Annual report of the Punjab Veterinary College and of the Civil Veterinary Department, Punjab - 1909-1919
Year: 1909
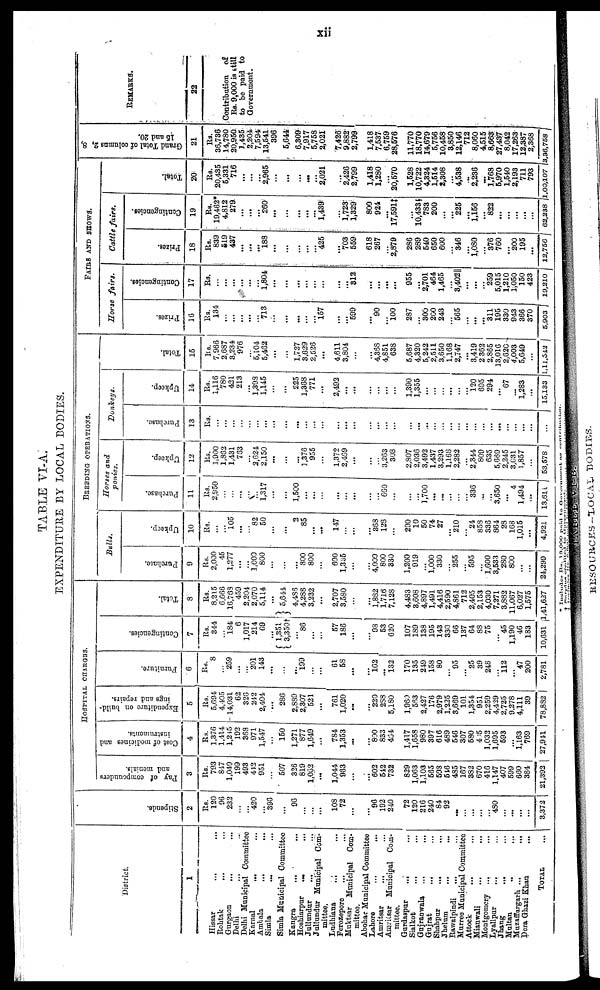
xii
TABLE VI-A.
EXPENDITURE BY LOCAL BODIES.
District.
1
Hissar ... ... ... ... ...
Rohtak ... ... ... ...
Gurgaon ... ... ... ...
Delhi ... ... ...
Delhi Municipal Committee
Karnal ... ... ... ... ...
Ambala ... ... ... ...
Simla ... ... ... ...
Simla Municipal Committee
Kongra ... ... ... ... ... ...
Hoshiarpur
... ... ... ... ... ...
Jullundur ... ... ... ... ...
Jullundur Municipal Com-
mittee.
Ludhiana ... ... ... ... ... ... ...
Ferozepore ... ... ... ... ...
Muktsar
Municipal
Com-
mittee.
Abohar Municipal Committee
Lahore ... ... ... ...
Amritsar ... ... ... ...
Amritsar Municipal
Com-
mittee.
Gurdaspur
... ... ... ...
Sialkot
... ...
Gujranwala ... ...
Gujrat ... ...
Shahpur
... ...
Jhelum ... ...
Rawalpindi ... ...
Murree Municipal Committee
Attock ... ...
Miauwali ... ...
Montgomery ... ...
Lyallpur ... ...
Jhang
...
...
Multan ... ...
Muzaffargarh ...
...
Dora Ghazi Khan ... ...
TOTAL ...
St i
pendo.
2
Rs.
120
96
232
...
...
429
396
96
...
108
72
...
...
96
192
210
72
120
216
240
81
92
...
...
...
...
...
480
...
...
...
...
3,372
HOSPITAL CHARGES.
Pay of compounders
and menials.
3
Rs.
793
847
1,040
199
493
412
951
...
507
326
819
1,002
...
1,014
903
...
...
602
512
732
829
1,003
1,103
565
593
510
485
107
382
670
416
1,147
407
599
660
381
21,392
Cost of medicines and
4
Rs.
1,370
1,114
1,245
192
368
971
1,517
...
150
1,271
877
1,649
...
784
1,353
...
...
800
833
464
1417
1,658
980
397
616
489
546
307
580
405
1,032
1,095
593
...
1,163
769
27,941
Expenditure on build-
ings and repairs.
5
Rs.
5,094
4,405
14,031
62 320
212
2,491
...
286
2.889
2,307
521
...
701
1,020
...
...
229
288
5,180
1,960
583
2,427
176
2,979
1,225
3,009
101
1,354
951
2,259
4,429
2,725
9,278
4,111
39
78,882
Furniture.
0
Rs.
8
...
259
...
...
251
143
...
...
...
199
...
...
61
58
...
...
102
...
133
170
135
249
158
80
... 95
... 25
39
2489
...
112
...
47
200
2,781
Contingencies.
7
Rs.
348
...
184
6
1,017
214
69
...
1,351
3,35
...
80
...
...
57
186
...
...
98
53
620
107
189
138
195
143
339
66
137
64
88
75
... 45
1,190
46
133
10,631
Total.
3
Rs.
8,215
6,666
16,763
459
2,294
2,070
5,114
...
5,644
4,488
4,288
3,232
...
2,707
3,580
...
...
1,882
1,716
7,128
4,483
3,608
4,897
1,491
4,416
2,590
4,861
712
2,405
2,153
4,030
7,271
3,382
11,067
6,027
1,575
1,41,627
BREEDING OPERATIONS.
Buils.
Purchase.
9
Rs.
2,000
45
1,277
... ...
1,009
800
...
...
...
800
800
...
... 600
1,355
...
...
4,000
800
330
1,200
919
...
1,000
330
...
255
...
595
...
1,000
3,533
280
800
...
...
21,299
Upke p.
10
Rs.
...
...
105
...
...
82
50
...
...
2
85
...
...
147
...
...
368
128
...
290
10
50
74
27
...
210
...
24
858
333
864
28
103
1,015
...
4,921
Horses
and
ponies.
Purchase.
11
Rs.
2,950
...
...
...
...
...
1,317
...
...
1,500
...
...
...
...
...
...
...
...
650
...
...
...
1,700
...
...
...
...
...
336
...
...
3,650
...
...
1,494
...
13,611
Upkeep.
12
Rs.
1,900
1,802
1,431
763
3,621
2,150
...
...
...
1,376
955
...
1,372
2,469
...
...
...
3,263
308
2,807
2,030
3,192
1,437
3,293
1,168
2,282
...
2,314
809
635
5.009
2,245
3,631
1,857
...
53,578
Donkeys.
Purchase.
13
Rs.
...
...
...
...
... ...
...
...
...
...
...
...
...
...
...
...
...
...
...
...
...
...
...
...
...
...
...
...
...
...
...
...
...
...
...
...
Upkeep.
14
Rs.
1,116
780
421
213
...
1,393
1,145
...
...
225
1,308
771
...
2,492
...
...
...
...
...
...
1390
1,335
...
...
...
...
...
...
120
695
294
...
67
...
1,283
...
15,133
Total.
15
Rs.
7,956
2,687
3,23
970
...
5,104
5,402
...
...
1,727
3.029
2,520
...
4 ,611
3,804
...
...
4,308
4,851
638
5,687
4,320
5,242
2,511
3,650
1,168
2,747
...
3,419
2,302
2,385
13,016
2,626
4,003
5,049
...
1,11,542
FAIRS
AND
SHOWS.
Hoese
fairs.
Prizes.
16
Rs.
134
...
...
... ...
... 713
...
...
...
...
...
157
...
...
599
...
90
...
100
287
...
309
200
243
...
505
...
...
...
311
195
339
943
366
370
5,903
Contingencies.
17
Rs.
...
...
...
...
...
... 1,804
...
...
...
...
...
...
...
...
313
...
...
...
...
955
...
2,701
464
1,465
...
3,402||
...
...
239
5,015
1,210
1,050
150
423
19,210
Cattle
fairs.
Prizes.
18
Rs.
839
519
437
...
...
...
188
...
...
...
...
...
425
...
703
559
618
267
...
2,879
286
239
540
650
600
...
346
...
1,080
...
376
760
...
200
195
...
12,756
Contingencies.
19
Rs.
19,462*
4,312
279
...
...
...
260
...
...
...
...
...
1,439
...
1,723
1,329
800
924
...
17,591‡
...
10,433
733
200
...
...
225
...
1,156
...
822
...
...
...
...
...
62,238
Tot al .
20
RS.
20,435
5,331
716
...
...
...
2,965
...
...
...
...
...
2,021
...
2,426
2,799
1,418
1,280
...
20,570
1,528
10,722
4,324
1,514
2,308
4,538
...
2,236
...
1,768
5,970
1,540
2,193
711
793
1,00,107
Grand Total of columns 2, 8,
15 and 20.
21
Rs.
30,736
14,780
20,950
1,435
2,204
7,594
13,541
396
5,644
6,309
7,917
5,758
2,021
7,426
9,882
2,799
1,418
7,537
6,759
28,576
11,770
18,770
14,679
5,756
10,458
3,850
12,146
712
8,060
4,515
8,663
27,437
8,042
17,263
12,387
2,368
3,36,758
REMARKS.
22
Contribution
of
Rs. 9,000 is still
to be paid to
Government.